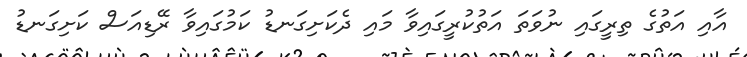
އާއި އަތުގެ ތިރީގައި ނުވަތަ އަތުކުރީގައިވާ މައި ދެކަށިގަނޑު ކަމުގައިވާ ރޭޑިއަސް ކަށިގަނޑު